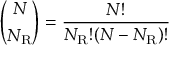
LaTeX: { \binom { N } { N _ { \mathrm { { R } } } } } = { \frac { N ! } { N _ { \mathrm { { R } } } ! ( N - N _ { \mathrm { { R } } } ) ! } }